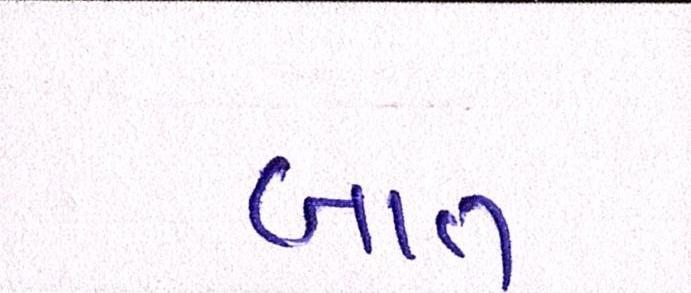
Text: બાત